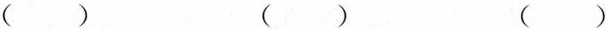
( ) ( ) ( )